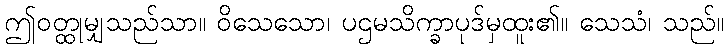
ဤဝတ္ထုမျှသည်သာ။ ဝိသေသော၊ ပဌမသိက္ခာပုဒ်မှထူး၏။ သေသံ၊ သည်။